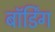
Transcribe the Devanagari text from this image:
बॉर्डिंग